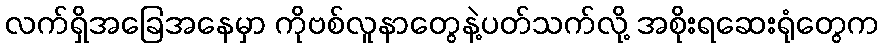
လက်ရှိအခြေအနေမှာ ကိုဗစ်လူနာတွေနဲ့ပတ်သက်လို့ အစိုးရဆေးရုံတွေက